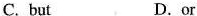
C. but D.or